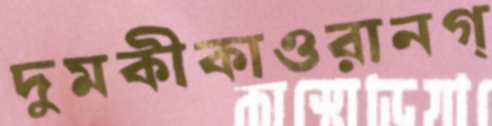
দুমকীকাওরানগ্